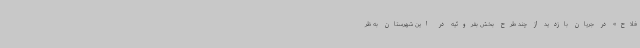
فلاح» در جریان بازدید از چند طرح بخش بفروئیه در این شهرستان به ظر